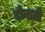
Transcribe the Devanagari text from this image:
दोनाती